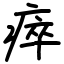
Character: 瘁